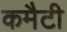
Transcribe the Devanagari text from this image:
कमैटी